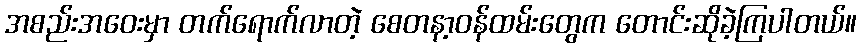
အစည်းအဝေးမှာ တက်ရောက်လာတဲ့ စေတနာ့ဝန်ထမ်းတွေက တောင်းဆိုခဲ့ကြပါတယ်။